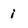
Character: i